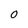
Character: O